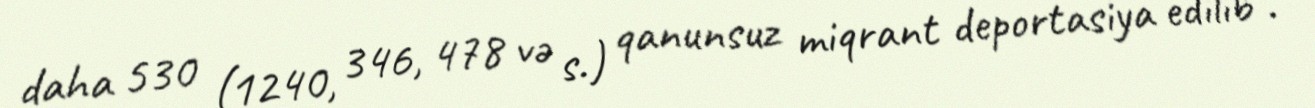
daha 530 (1240, 346, 478 və s.) qanunsuz miqrant deportasiya edilib”.